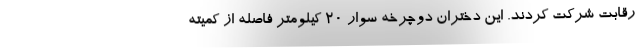
رقابت شرکت کردند. این دختران دوچرخه سوار ۲۰ کیلومتر فاصله از کمیته